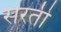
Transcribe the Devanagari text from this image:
सरती